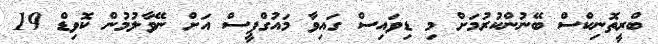
ބްރީތޮނިކްސް ބޭނުންކުރުމަށް މި ޑިވައިސް ގައިވާ މައުގްޕީސް އަށް ނޭވާލުމުން ކޮވިޑް 19